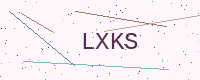
Text: LXKS